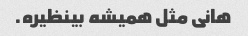
هانی مثل همیشه بینظیره.